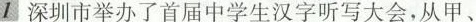
1深圳市举办了首届中学生汉字听写大会，从甲、